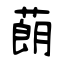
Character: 蓢